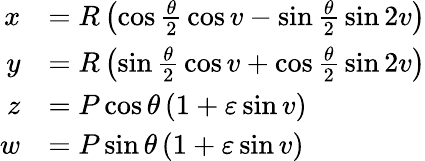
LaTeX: {\begin{array}{rl}{x}&{=R\left(\cos{\frac{\theta}{2}}\cos v-\sin{\frac{\theta}{2}}\sin 2v\right)}\\ {y}&{=R\left(\sin{\frac{\theta}{2}}\cos v+\cos{\frac{\theta}{2}}\sin 2v\right)}\\ {z}&{=P\cos\theta\left(1+\varepsilon\sin v\right)}\\ {w}&{=P\sin\theta\left(1+{\varepsilon}\sin v\right)}\end{array}}